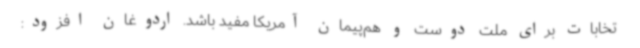
تخابات برای ملت دوست و هم‌پیمان آمریکا مفید باشد. اردوغان افزود: